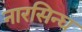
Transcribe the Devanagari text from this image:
नारसिन्घ